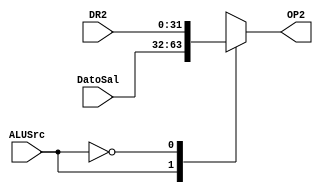
`timescale 1ns/1ns

module Mux2(
	input ALUSrc,
	input [31:0]DR2, //Data memory
	input [31:0]DatoSal, //Sign-extend

	output reg [31:0]OP2
);

always @*
begin
	case(ALUSrc)
	1'b1:
		begin
		OP2 = DatoSal;
		end
	1'b0:
		begin
		OP2 = DR2;
		end
	endcase
end

endmodule